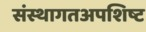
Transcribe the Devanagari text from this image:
संस्थागतअपशिष्ट